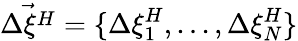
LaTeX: \vec{\Delta\xi^{H}}=\{ \Delta\xi_{1}^{H},...,\Delta\xi_{N}^{H}\}